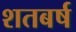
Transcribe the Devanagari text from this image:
शतबर्ष